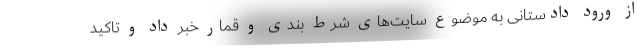
از ورود دادستانی به موضوع سایت‌های شرط بندی و قمار خبر داد و تاکید